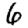
Digit: 6